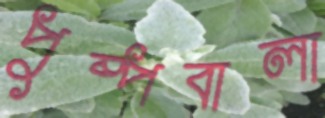
পুষ্পবালা